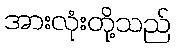
အားလုံးတို့သည်